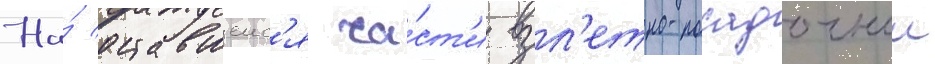
На́ оставшеис'я ча́ст'и взл'етно-посадочнои